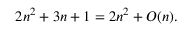
2 n ^ { 2 } + 3 n + 1 = 2 n ^ { 2 } + O ( n ) .